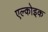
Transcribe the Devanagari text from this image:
एल्कोइक